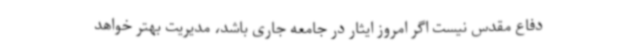
دفاع مقدس نیست اگر امروز ایثار در جامعه جاری باشد، مدیریت بهتر خواهد